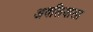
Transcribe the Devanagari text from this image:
अवलियाला